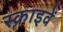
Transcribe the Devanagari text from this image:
स्क्राइवें